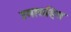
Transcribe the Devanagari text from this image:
उमासहित